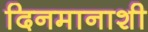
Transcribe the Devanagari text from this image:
दिनमानाशी